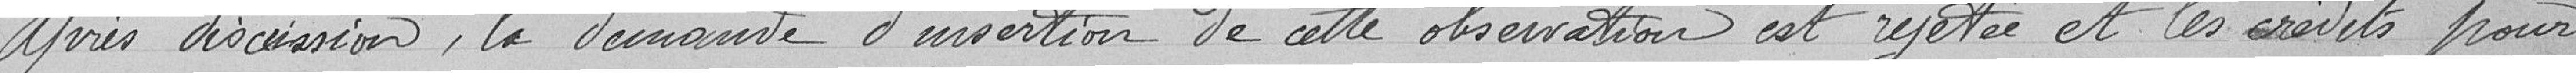
Après discussion, la demande d'insertion de cette observation est rejetée et les crédits pour